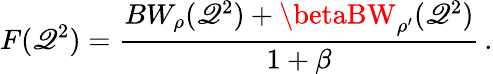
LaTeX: F(\mathscr{Q}^{2})=\frac{{BW_{\rho}(\mathscr{Q}^{2})+\betaBW_{\rho^{\prime}}(\mathscr{Q}^{2})}}{{1+\beta}}\, .